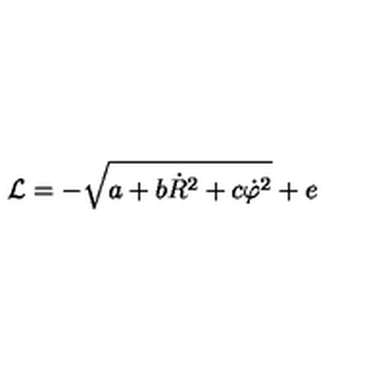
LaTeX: { \cal L } = - \sqrt { a + b \dot { R } ^ { 2 } + c \dot { \varphi } ^ { 2 } } + e